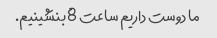
ما دوست داریم ساعت 8 بنشینیم.